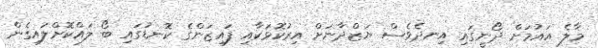
މާލެ އައުމަށް ދޯނީގައި އިނދެވެސް ޔަޒްދާނަށް އިރުކޮޅަކާއި ފައިޒަންގެ ކޮނޑުގައި ބޯ ލައްކޮށްލައިގެން